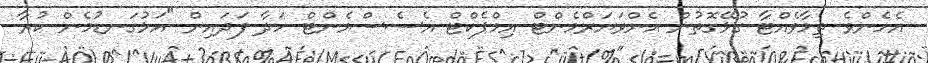
އެހެންވެ ތިމާވެއްޓާ ގުޅޭގޮތުން އެންވަޔަރްމެންޓް އިމްޕެކްޓް އެސެސްމެންޓް ހަދާ ފަދައިން "އަޅުގަނޑުމެން ކުރާ